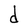
Character: d